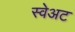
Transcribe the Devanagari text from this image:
स्वेअट